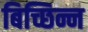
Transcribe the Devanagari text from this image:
बिच्छिन्न